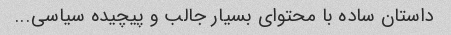
داستان ساده با محتوای بسیار جالب و پیچیده سیاسی...